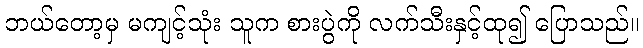
ဘယ်တော့မှ မကျင့်သုံး သူက စားပွဲကို လက်သီးနှင့်ထု၍ ပြောသည်။